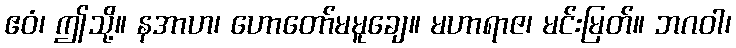
ဧဝံ၊ ဤသို့။ နအာဟ၊ ဟောတော်မမူချေ။ မဟာရာဇ၊ မင်းမြတ်။ ဘဂဝါ၊